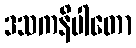
ဒသကနိပါတော